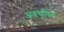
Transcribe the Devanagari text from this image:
अवचूषित